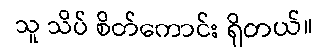
သူ သိပ် စိတ်ကောင်း ရှိတယ်။